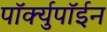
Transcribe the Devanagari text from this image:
पॉर्क्युपॉईन